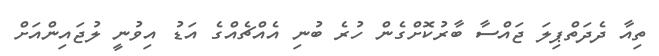
ތިއާ ދެދަތްޕިލަ ޖައްސާ ބާރުކޮށްގެން ހުރެ ބުނި އެއްޗެއްގެ އަޑު އިވުނީ ލުޖައިންއަށް